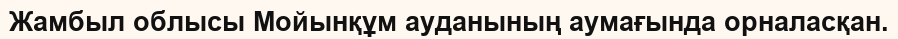
Жамбыл облысы Мойынқұм ауданының аумағында орналасқан.